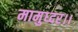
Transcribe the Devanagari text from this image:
मामुध्दर।।